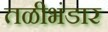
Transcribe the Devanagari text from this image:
तळीभंडार